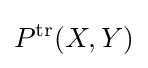
P^{\text{tr}}(X,Y)